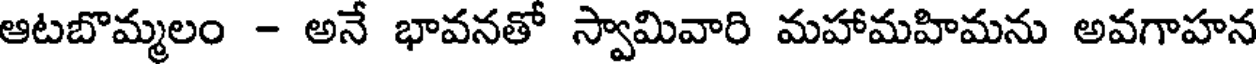
ఆటబొమ్మలం - అనే భావనతో స్వామివారి మహామహిమను అవగాహన